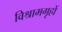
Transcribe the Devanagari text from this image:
विश्रामगृहों